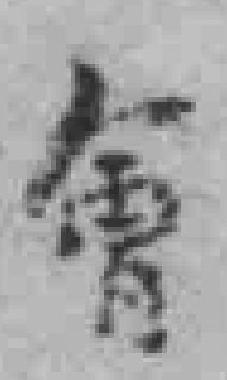
會